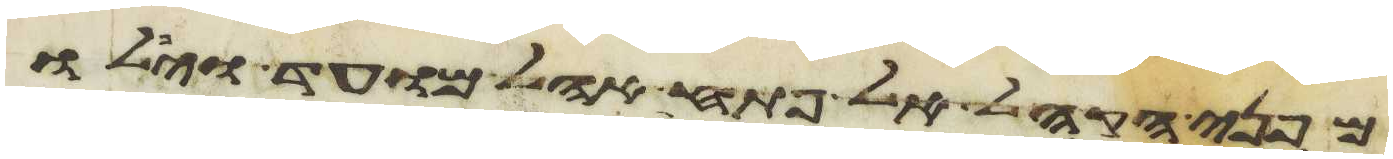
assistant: מפני הקהל אל פתח אהל מועד ויפלו